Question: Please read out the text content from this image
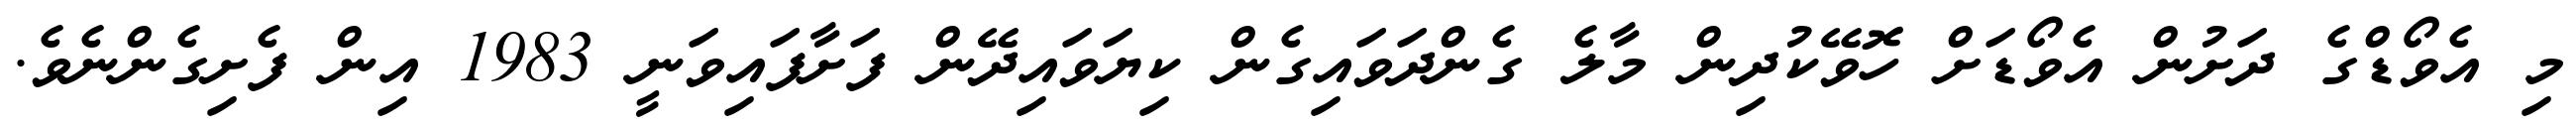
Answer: މި އެވޯޑްގެ ދަށުން އެވޯޑަށް ހޮވޭކުދިން މާލެ ގެންދަވައިގެން ކިޔަވައިދޭން ފަށާފައިވަނީ 1983 އިން ފެށިގެންނެވެ.